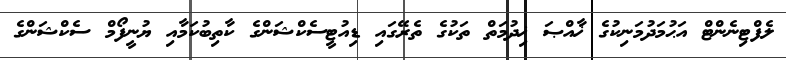
ލެފްޓިނެންޓް އަޙުމަދުމަނިކުގެ ޚާއްޞަ ޚިދުމަތް ތަކުގެ ތެރޭގައި ޑިއުޓީސެކްޝަންގެ ކާތިބުކަމާއި ޔުނީފޯމް ސެކްޝަންގެ